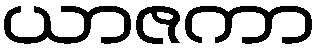
ယာဇကာ